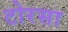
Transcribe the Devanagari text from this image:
टोरसा